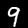
Label: 9